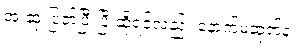
အဲ ဆုံးဖြတ်ပြီးပြီ ဆိုရင်လည်း နောက်မဆုတ်နဲ့